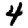
Digit: 4